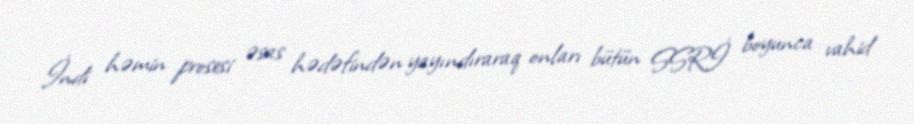
İndi həmin prosesi əsas hədəfindən yayındıraraq onları bütün SSRİ boyunca vahid